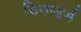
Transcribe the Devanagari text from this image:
डिलार्ड्स